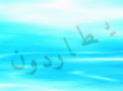
يطاردون